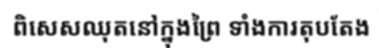
ពិសេសឈុតនៅក្នុងព្រៃ ទាំងការតុបតែង